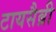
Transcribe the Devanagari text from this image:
टायसैब्री